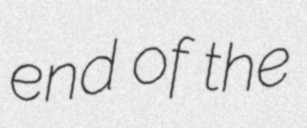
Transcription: end of the